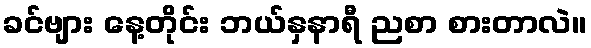
ခင်ဗျား နေ့တိုင်း ဘယ်နှနာရီ ညစာ စားတာလဲ။